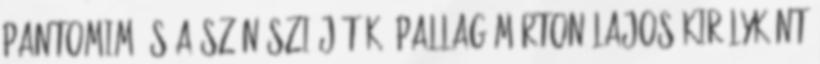
pantomim és a színészi játék. Pallag Márton Lajos királyként